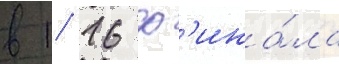
в 1/ 16 ф'ина́ла